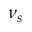
\nu _ { s }